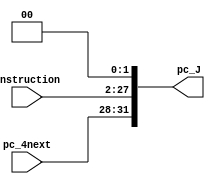
`timescale 1ns / 1ps

module SHL_two_J(
    input [25:0] Instruction,
    input [3:0] pc_4next,
    output reg [31:0] pc_J
    );
    always @ (Instruction or pc_4next)
    begin
        pc_J[27:0] = Instruction << 2;
        pc_J[31:28] = pc_4next;
    end
endmodule